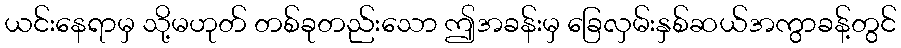
ယင်းနေရာမှ သို့မဟုတ် တစ်ခုတည်းသော ဤအခန်းမှ ခြေလှမ်းနှစ်ဆယ်အကွာခန့်တွင်